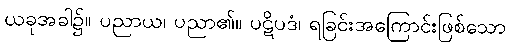
ယခုအခါ၌။ ပညာယ၊ ပညာ၏။ ပဋိပဒံ၊ ရခြင်းအကြောင်းဖြစ်သော